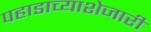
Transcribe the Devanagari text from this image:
पहाडाच्याशेजारी